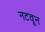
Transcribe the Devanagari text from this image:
नटवून